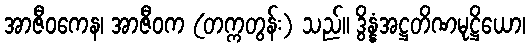
အာဇီဝကေန၊ အာဇီဝက (တက္ကတွန်း) သည်။ ဒွိန္နံအဋ္ဌတိဏမုဋ္ဌိယော၊